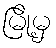
မြို့မှ